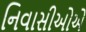
નિવાસીઓએ